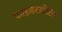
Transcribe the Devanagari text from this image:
फाइबरऑप्टिक